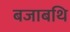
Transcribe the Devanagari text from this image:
बजाबथि